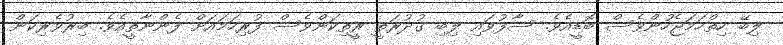
ލިބޭ ހިތްހަމަޖެހުންވެސް ބޮޑީއެވެ. ސާފުވައި ލިބި ގުދުރަތީ ރީތިކަންވެސް ފުރިހަމައަށް ފެންނާތީއެވެ. ބިރުވެރިކަން